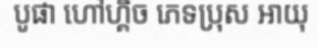
បូផា ហៅហ្គិច ភេទប្រុស អាយុ